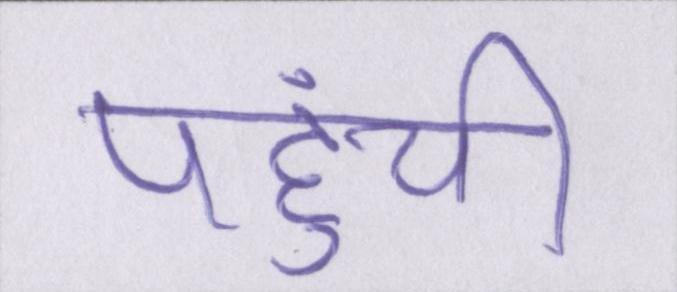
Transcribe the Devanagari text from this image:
पहुंची